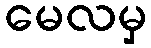
မေလမှ